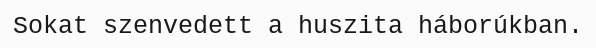
Sokat szenvedett a huszita háborúkban.